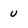
Character: U